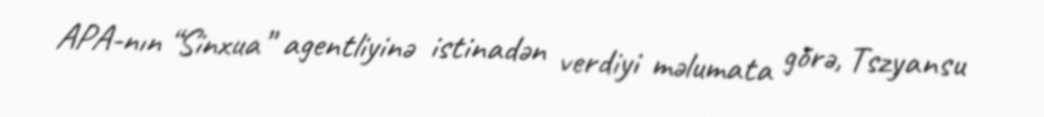
APA-nın “Sinxua” agentliyinə istinadən verdiyi məlumata görə, Tszyansu